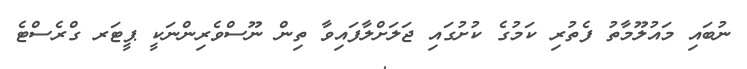
ނުބައި މައުލޫމާތު ފެތުރި ކަމުގެ ކުށުގައި ޖަލަށްލާފައިވާ ތިން ނޫސްވެރިންނަކީ ޕީޓަރ ގްރެސްޓެ